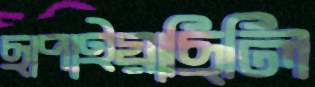
ছাপাইয়াছিলি